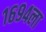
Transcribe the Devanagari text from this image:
१६९४ला